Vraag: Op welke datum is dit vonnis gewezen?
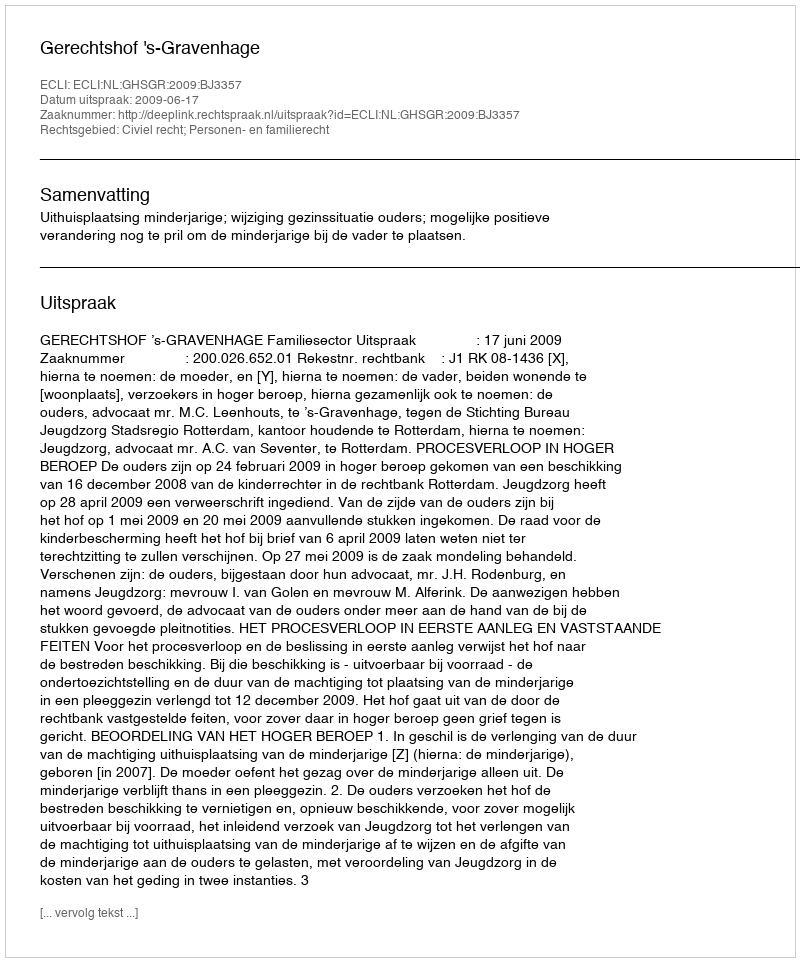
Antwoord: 2009-06-17